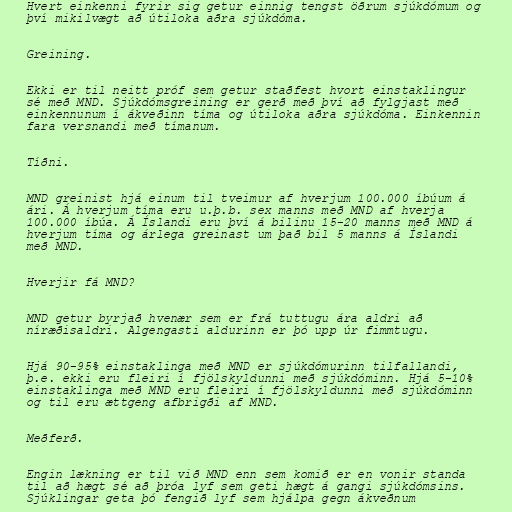
Hvert einkenni fyrir sig getur einnig tengst öðrum sjúkdómum og
því mikilvægt að útiloka aðra sjúkdóma.

Greining.

Ekki er til neitt próf sem getur staðfest hvort einstaklingur
sé með MND. Sjúkdómsgreining er gerð með því að fylgjast með
einkennunum í ákveðinn tíma og útiloka aðra sjúkdóma. Einkennin
fara versnandi með tímanum.

Tíðni.

MND greinist hjá einum til tveimur af hverjum 100.000 íbúum á
ári. Á hverjum tíma eru u.þ.b. sex manns með MND af hverja
100.000 íbúa. Á Íslandi eru því á bilinu 15-20 manns með MND á
hverjum tíma og árlega greinast um það bil 5 manns á Íslandi
með MND.

Hverjir fá MND?

MND getur byrjað hvenær sem er frá tuttugu ára aldri að
níræðisaldri. Algengasti aldurinn er þó upp úr fimmtugu.

Hjá 90-95% einstaklinga með MND er sjúkdómurinn tilfallandi,
þ.e. ekki eru fleiri í fjölskyldunni með sjúkdóminn. Hjá 5-10%
einstaklinga með MND eru fleiri í fjölskyldunni með sjúkdóminn
og til eru ættgeng afbrigði af MND.

Meðferð.

Engin lækning er til við MND enn sem komið er en vonir standa
til að hægt sé að þróa lyf sem geti hægt á gangi sjúkdómsins.
Sjúklingar geta þó fengið lyf sem hjálpa gegn ákveðnum